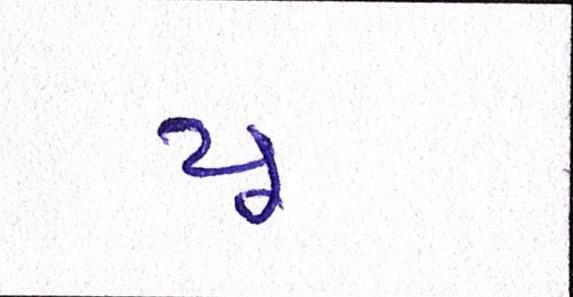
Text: યૂ